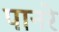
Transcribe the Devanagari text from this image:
पानरे